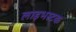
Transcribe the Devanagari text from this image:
लाइभस्टक